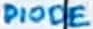
Text: DIODE